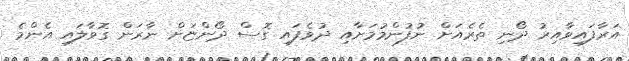
އަރާފައިވާއިރު ދޯނި ތެރެއަށް ނުފުންމުމަށާއި ދުވެފައި ގޮސް ދޯންޏަށް ނާރަން ގޮވާލައި އެންމެ